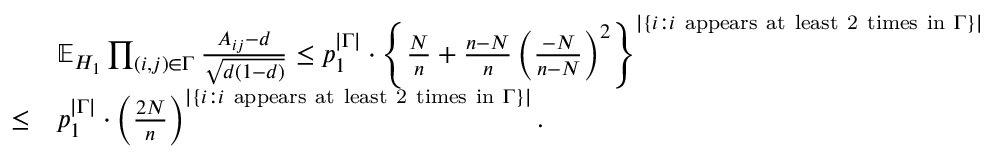
\begin{array} { r l } & { \mathbb { E } _ { H _ { 1 } } \prod _ { ( i , j ) \in \Gamma } \frac { A _ { i j } - d } { \sqrt { d ( 1 - d ) } } \leq p _ { 1 } ^ { | \Gamma | } \cdot \left\{ \frac { N } { n } + \frac { n - N } { n } \left( \frac { - N } { n - N } \right) ^ { 2 } \right\} ^ { | \{ i : i \mathrm { ~ a p p e a r s ~ a t ~ l e a s t ~ 2 ~ t i m e s ~ i n ~ } \Gamma \} | } } \\ { \leq } & { p _ { 1 } ^ { | \Gamma | } \cdot \left( \frac { 2 N } { n } \right) ^ { | \{ i : i \mathrm { ~ a p p e a r s ~ a t ~ l e a s t ~ 2 ~ t i m e s ~ i n ~ } \Gamma \} | } . } \end{array}